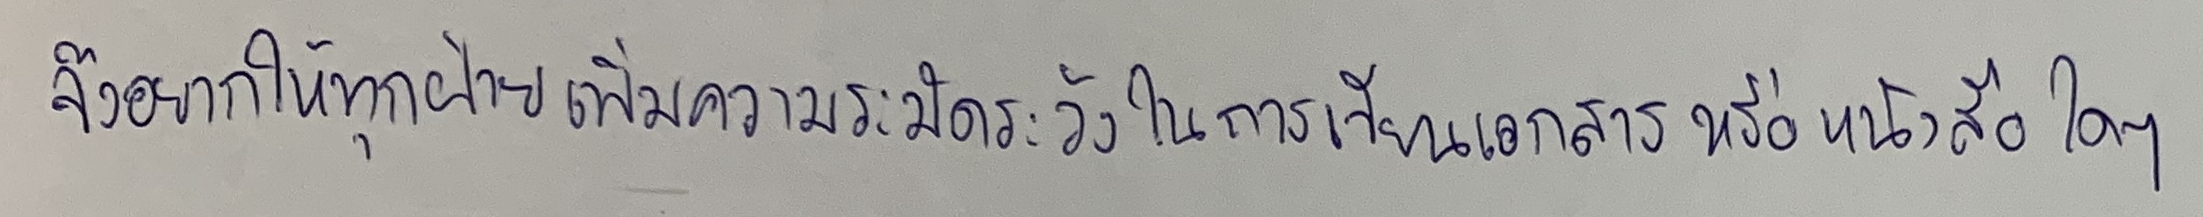
จึงอยากให้ทุกฝ่ายเพิ่มความระมัดระวังในการเขียนเอกสารหรือหนังสือใดๆ